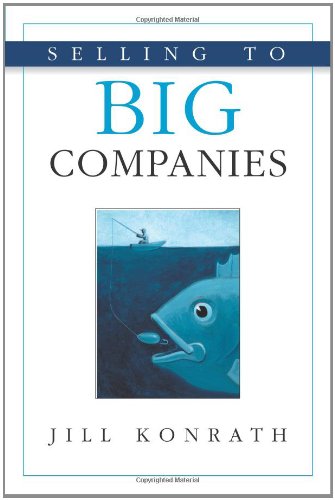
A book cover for Selling to Big Companies; Jill Konrath; Business & Money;